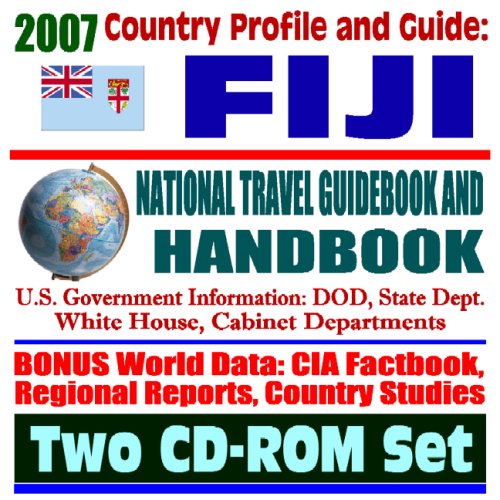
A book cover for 2007 Country Profile and Guide to Fiji - National Travel Guidebook and Handbook - Coups, Business, Agriculture (Two CD-ROM Set); U.S. Government; Travel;